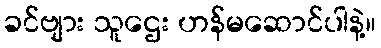
ခင်ဗျား သူဌေး ဟန်မဆောင်ပါနဲ့။